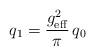
LaTeX: \begin{align*}q_{1} = {g_{\rm eff}^{2}\over\pi}\, q_{0}\end{align*}